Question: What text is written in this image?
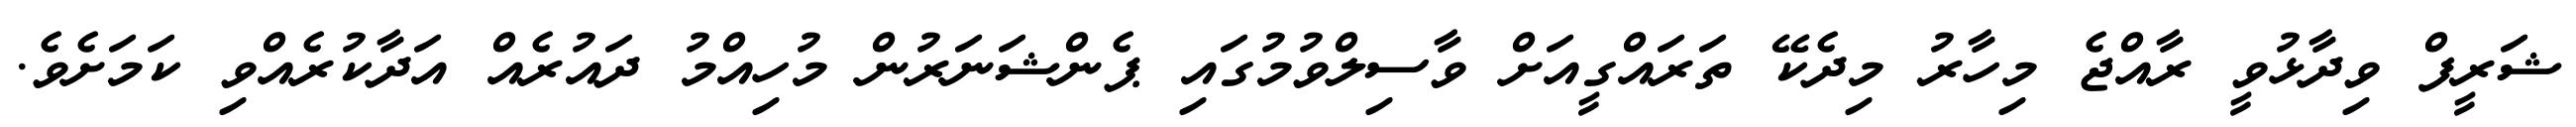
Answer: ޝަރީފް ވިދާޅުވީ ރާއްޖެ މިހާރު މިދެކޭ ތަރައްގީއަށް ވާސިލްވުމުގައި ޕެންޝަނަރުން މުހިއްމު ދައުރެއް އަދާކުރެއްވި ކަމަށެވެ.